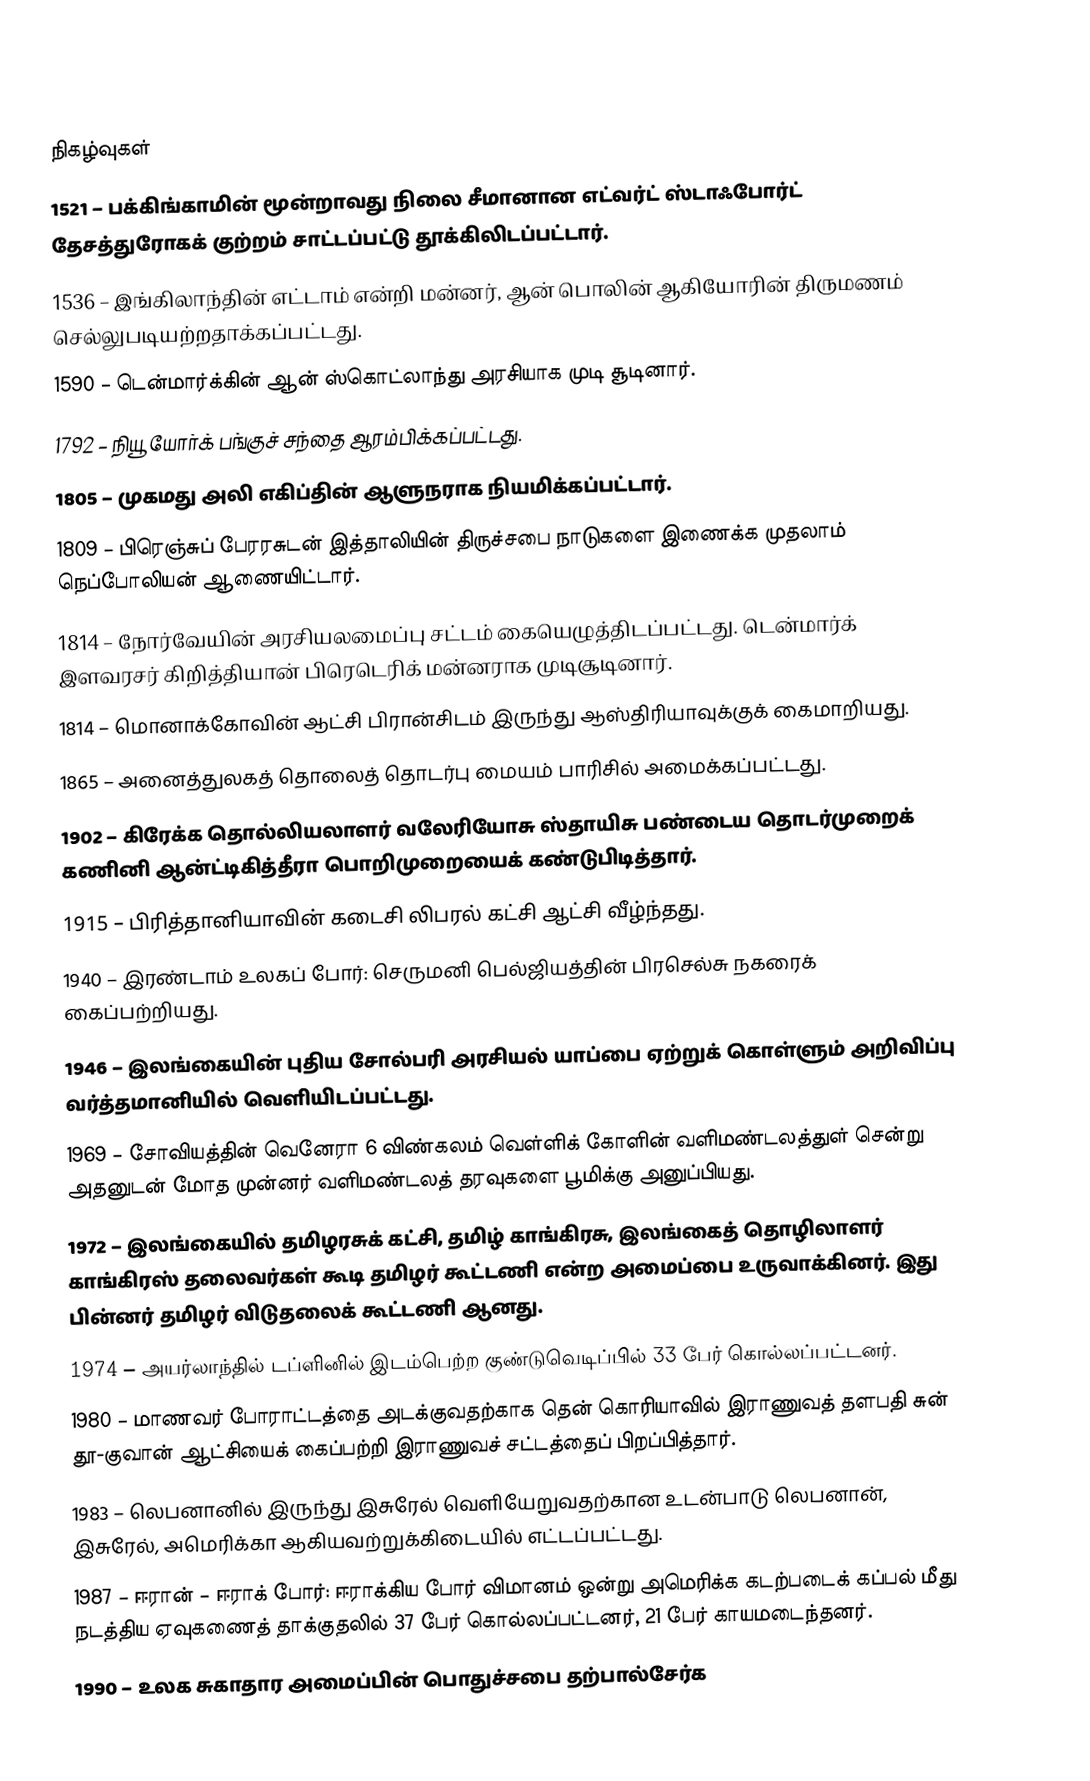

நிகழ்வுகள்
1521 – பக்கிங்காமின் மூன்றாவது நிலை சீமானான எட்வர்ட் ஸ்டாஃபோர்ட் தேசத்துரோகக் குற்றம் சாட்டப்பட்டு தூக்கிலிடப்பட்டார்.
1536 – இங்கிலாந்தின் எட்டாம் என்றி மன்னர், ஆன் பொலின் ஆகியோரின் திருமணம் செல்லுபடியற்றதாக்கப்பட்டது.
1590 – டென்மார்க்கின் ஆன் ஸ்கொட்லாந்து அரசியாக முடி சூடினார்.
1792 – நியூ யோர்க் பங்குச் சந்தை ஆரம்பிக்கப்பட்டது.
1805 – முகமது அலி எகிப்தின் ஆளுநராக நியமிக்கப்பட்டார்.
1809 – பிரெஞ்சுப் பேரரசுடன் இத்தாலியின் திருச்சபை நாடுகளை இணைக்க முதலாம் நெப்போலியன் ஆணையிட்டார்.
1814 – நோர்வேயின் அரசியலமைப்பு சட்டம் கையெழுத்திடப்பட்டது. டென்மார்க் இளவரசர் கிறித்தியான் பிரெடெரிக் மன்னராக முடிசூடினார்.
1814 – மொனாக்கோவின் ஆட்சி பிரான்சிடம் இருந்து ஆஸ்திரியாவுக்குக் கைமாறியது.
1865 – அனைத்துலகத் தொலைத் தொடர்பு மையம் பாரிசில் அமைக்கப்பட்டது.
1902 – கிரேக்க தொல்லியலாளர் வலேரியோசு ஸ்தாயிசு பண்டைய தொடர்முறைக் கணினி ஆன்ட்டிகித்தீரா பொறிமுறையைக் கண்டுபிடித்தார்.
1915 – பிரித்தானியாவின் கடைசி லிபரல் கட்சி ஆட்சி வீழ்ந்தது.
1940 – இரண்டாம் உலகப் போர்: செருமனி பெல்ஜியத்தின் பிரசெல்சு நகரைக் கைப்பற்றியது.
1946 – இலங்கையின் புதிய சோல்பரி அரசியல் யாப்பை ஏற்றுக் கொள்ளும் அறிவிப்பு வர்த்தமானியில் வெளியிடப்பட்டது.
1969 – சோவியத்தின் வெனேரா 6 விண்கலம் வெள்ளிக் கோளின் வளிமண்டலத்துள் சென்று அதனுடன் மோத முன்னர் வளிமண்டலத் தரவுகளை பூமிக்கு அனுப்பியது.
1972 – இலங்கையில் தமிழரசுக் கட்சி, தமிழ் காங்கிரசு, இலங்கைத் தொழிலாளர் காங்கிரஸ் தலைவர்கள் கூடி தமிழர் கூட்டணி என்ற அமைப்பை உருவாக்கினர். இது பின்னர் தமிழர் விடுதலைக் கூட்டணி ஆனது.
1974 – அயர்லாந்தில் டப்ளினில் இடம்பெற்ற குண்டுவெடிப்பில் 33 பேர் கொல்லப்பட்டனர்.
1980 – மாணவர் போராட்டத்தை அடக்குவதற்காக தென் கொரியாவில் இராணுவத் தளபதி சுன் தூ-குவான் ஆட்சியைக் கைப்பற்றி இராணுவச் சட்டத்தைப் பிறப்பித்தார்.
1983 – லெபனானில் இருந்து இசுரேல் வெளியேறுவதற்கான உடன்பாடு லெபனான், இசுரேல், அமெரிக்கா ஆகியவற்றுக்கிடையில் எட்டப்பட்டது.
1987 – ஈரான் – ஈராக் போர்: ஈராக்கிய போர் விமானம் ஒன்று அமெரிக்க கடற்படைக் கப்பல் மீது நடத்திய ஏவுகணைத் தாக்குதலில் 37 பேர் கொல்லப்பட்டனர், 21 பேர் காயமடைந்தனர்.
1990 – உலக சுகாதார அமைப்பின் பொதுச்சபை தற்பால்சேர்க